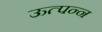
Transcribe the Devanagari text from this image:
ऊत्पन्न